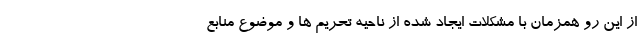
از این رو همزمان با مشکلات ایجاد شده از ناحیه تحریم ها و موضوع منابع